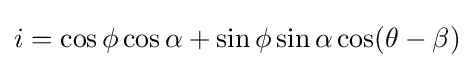
i=\cos \phi \cos \alpha +\sin \phi \sin \alpha \cos(\theta -\beta )